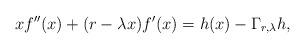
LaTeX: \begin{align*} xf''(x)+(r-\lambda x)f'(x)=h(x)-\Gamma_{r,\lambda} h, \end{align*}